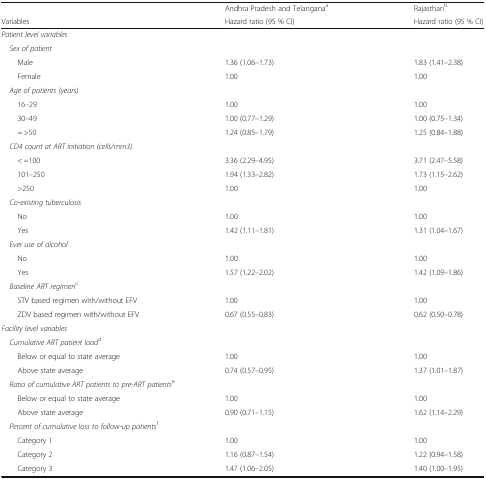
|  | Andhra Pradesh and Telanganaa | Rajasthanb |
 | Variables | Hazard ratio (95 % CI) | Hazard ratio (95 % CI) |
 | --- | --- | --- |
 | <COLSPAN=3> Patient level variables |
 | <COLSPAN=3> Sex of patient |
 | Male | 1.36 (1.06–1.73) | 1.83 (1.41–2.38) |
 | Female | 1.00 | 1.00 |
 | <COLSPAN=3> Age of patients (years) |
 | 16–29 | 1.00 | 1.00 |
 | 30–49 | 1.00 (0.77–1.29) | 1.00 (0.75–1.34) |
 | = >50 | 1.24 (0.85–1.79) | 1.25 (0.84–1.88) |
 | <COLSPAN=3> CD4 count at ART initiation (cells/mm3) |
 | < =100 | 3.36 (2.29–4.95) | 3.71 (2.47–5.58) |
 | 101–250 | 1.94 (1.33–2.82) | 1.73 (1.15–2.62) |
 | >250 | 1.00 | 1.00 |
 | <COLSPAN=3> Co-existing tuberculosis |
 | No | 1.00 | 1.00 |
 | Yes | 1.42 (1.11–1.81) | 1.31 (1.04–1.67) |
 | <COLSPAN=3> Ever use of alcohol |
 | No | 1.00 | 1.00 |
 | Yes | 1.57 (1.22–2.02) | 1.42 (1.09–1.86) |
 | <COLSPAN=3> Baseline ART regimenc |
 | STV based regimen with/without EFV | 1.00 | 1.00 |
 | ZDV based regimen with/without EFV | 0.67 (0.55–0.83) | 0.62 (0.50–0.78) |
 | <COLSPAN=3> Facility level variables |
 | <COLSPAN=3> Cumulative ART patient loadd |
 | Below or equal to state average | 1.00 | 1.00 |
 | Above state average | 0.74 (0.57–0.95) | 1.37 (1.01–1.87) |
 | <COLSPAN=3> Ratio of cumulative ART patients to pre-ART patientse |
 | Below or equal to state average | 1.00 | 1.00 |
 | Above state average | 0.90 (0.71–1.15) | 1.62 (1.14–2.29) |
 | <COLSPAN=3> Percent of cumulative loss to follow-up patientsf |
 | Category 1 | 1.00 | 1.00 |
 | Category 2 | 1.16 (0.87–1.54) | 1.22 (0.94–1.58) |
 | Category 3 | 1.47 (1.06–2.05) | 1.40 (1.00–1.95) |